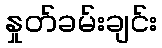
နှုတ်ခမ်းချင်း